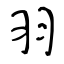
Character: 羽